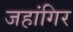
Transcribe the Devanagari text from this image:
जहांगिर